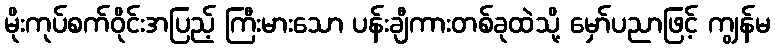
မိုးကုပ်စက်ဝိုင်းအပြည့် ကြီးမားသော ပန်းချီကားတစ်ခုထဲသို့ မှော်ပညာဖြင့် ကျွန်မ